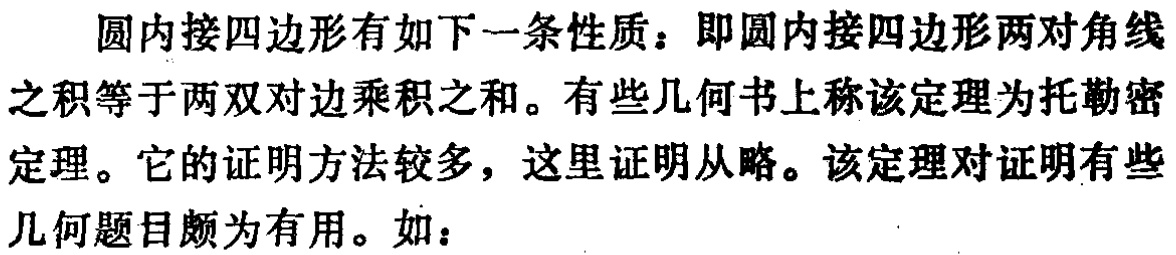
圆内接四边形有如下一条性质：即圆内接四边形两对角线之积等于两双对边乘积之和。有些几何书上称该定理为托勒密定理。它的证明方法较多，这里证明从略。该定理对证明有些几何题目颇为有用。如：